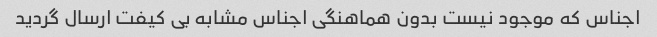
اجناس که موجود نیست بدون هماهنگی اجناس مشابه بی کیفت ارسال گردید